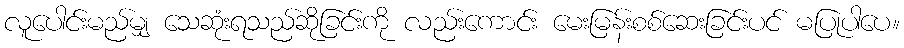
လူပေါင်းမည်မျှ သေဆုံးရသည်ဆိုခြင်းကို လည်းကောင်း မေးမြန်းစစ်ဆေးခြင်းပင် မပြုပါပေ။